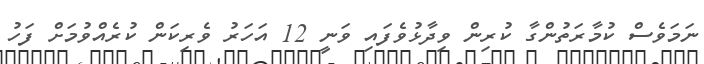
ނަމަވެސް ކުމާރަތުންގާ ކުރިން ވިދާޅުވެފައި ވަނީ 12 އަހަރު ވެރިކަން ކުރެއްވުމަށް ފަހު